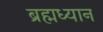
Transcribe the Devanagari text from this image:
ब्रह्मध्यान